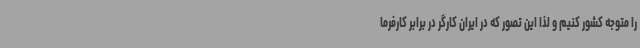
را متوجه کشور کنیم و لذا این تصور که در ایران کارگر در برابر کارفرما